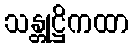
သန္တုဋ္ဌိကထာ